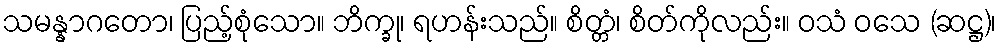
သမန္နာဂတော၊ ပြည့်စုံသော။ ဘိက္ခု၊ ရဟန်းသည်။ စိတ္တံ၊ စိတ်ကိုလည်း။ ဝသံ ဝသေ (ဆဋ္ဌ)၊